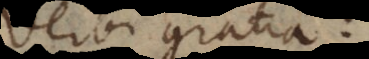
Verbi gratia: